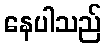
နေပါသည်